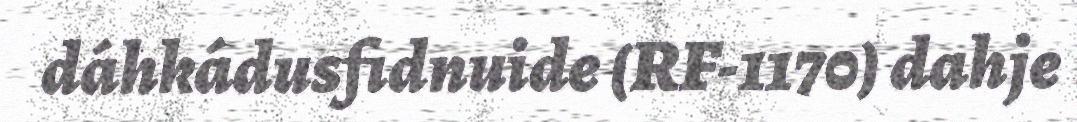
dáhkádusfidnuide (RF-1170) dahje